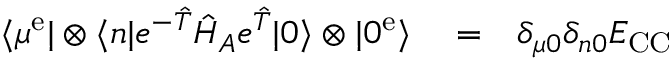
\begin{array} { r l r } { \langle \mu ^ { \mathrm { e } } | \otimes \langle n | e ^ { - \hat { T } } \hat { H } _ { A } e ^ { \hat { T } } | 0 \rangle \otimes | 0 ^ { \mathrm { e } } \rangle } & { { } = } & { \delta _ { \mu 0 } \delta _ { n 0 } E _ { \mathrm { C C } } } \end{array}